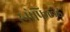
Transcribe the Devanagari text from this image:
स्‍नोफिल्‍ड